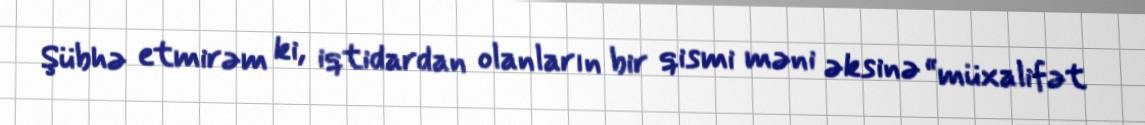
Şübhə etmirəm ki, iqtidardan olanların bir qismi məni əksinə “müxalifət